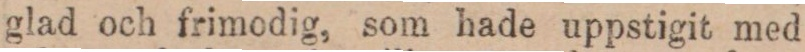
glad och frimodig, som hade uppstigit med